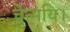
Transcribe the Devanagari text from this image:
चेन्मयि।